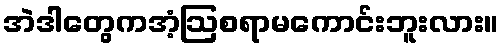
အဲဒါတွေကအံ့ဩစရာမကောင်းဘူးလား။